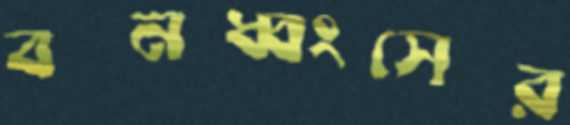
বনধ্বংসের